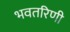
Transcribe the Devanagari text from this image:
भवतरिणी